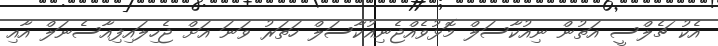
އެކު ޗެލްސީ އަތުން ނިއުކާސަލް މޮޅުވެއްޖެނިއުކާސަލް ހަތަރު ވަނަ އަށް ޖެހިލައިފިއާސެނަލް އާއި